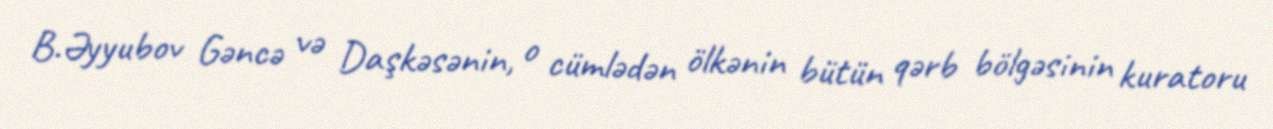
B.Əyyubov Gəncə və Daşkəsənin, o cümlədən ölkənin bütün qərb bölgəsinin kuratoru